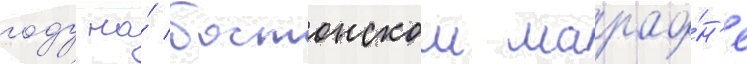
году на́ бостонском марафо́н'е